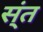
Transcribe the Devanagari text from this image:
स्ंत